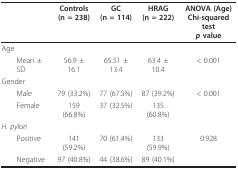
<table><thead><tr><td></td><td><b>Controls(n = 238)</b></td><td><b>GC(n = 114)</b></td><td><b>HRAG(n = 222)</b></td><td><b>ANOVA (Age)Chi-squared test<i>p </i>value</b></td></tr></thead><tbody><tr><td>Age</td><td></td><td></td><td></td><td></td></tr><tr><td> Mean ± SD</td><td>56.9 ± 16.1</td><td>65.51 ± 13.4</td><td>63.4 ± 10.4</td><td>&lt; 0.001</td></tr><tr><td>Gender</td><td></td><td></td><td></td><td></td></tr><tr><td> Male</td><td>79 (33.2%)</td><td>77 (67.5%)</td><td>87 (39.2%)</td><td>&lt; 0.001</td></tr><tr><td> Female</td><td>159 (66.8%)</td><td>37 (32.5%)</td><td>135 (60.8%)</td><td></td></tr><tr><td><i>H. pylori</i></td><td></td><td></td><td></td><td></td></tr><tr><td> Positive</td><td>141 (59.2%)</td><td>70 (61.4%)</td><td>133 (59.9%)</td><td>0.928</td></tr><tr><td> Negative</td><td>97 (40.8%)</td><td>44 (38.6%)</td><td>89 (40.1%)</td><td></td></tr></tbody></table>